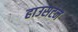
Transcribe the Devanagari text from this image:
हाउसटन